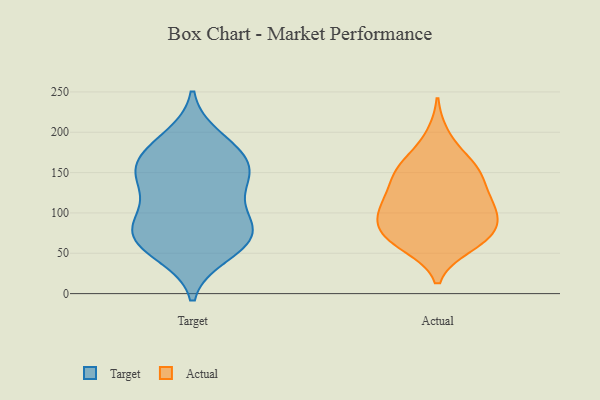
{"axis": {"x": "Operating Costs (USD K)", "y": "Value"}, "legend": ["Actual", "Target"], "data": [{"x": "", "y": 156, "type": "Target"}, {"x": "", "y": 140, "type": "Target"}, {"x": "", "y": 96, "type": "Target"}, {"x": "", "y": 151, "type": "Target"}, {"x": "", "y": 76, "type": "Target"}, {"x": "", "y": 115, "type": "Target"}, {"x": "", "y": 178, "type": "Target"}, {"x": "", "y": 155, "type": "Target"}, {"x": "", "y": 193, "type": "Target"}, {"x": "", "y": 59, "type": "Target"}, {"x": "", "y": 180, "type": "Target"}, {"x": "", "y": 143, "type": "Target"}, {"x": "", "y": 83, "type": "Target"}, {"x": "", "y": 85, "type": "Target"}, {"x": "", "y": 69, "type": "Target"}, {"x": "", "y": 49, "type": "Target"}, {"x": "", "y": 61, "type": "Target"}, {"x": "", "y": 73, "type": "Actual"}, {"x": "", "y": 145, "type": "Actual"}, {"x": "", "y": 118, "type": "Actual"}, {"x": "", "y": 160, "type": "Actual"}, {"x": "", "y": 115, "type": "Actual"}, {"x": "", "y": 103, "type": "Actual"}, {"x": "", "y": 78, "type": "Actual"}, {"x": "", "y": 95, "type": "Actual"}, {"x": "", "y": 75, "type": "Actual"}, {"x": "", "y": 60, "type": "Actual"}, {"x": "", "y": 102, "type": "Actual"}, {"x": "", "y": 161, "type": "Actual"}, {"x": "", "y": 61, "type": "Actual"}, {"x": "", "y": 73, "type": "Actual"}, {"x": "", "y": 152, "type": "Actual"}, {"x": "", "y": 144, "type": "Actual"}, {"x": "", "y": 112, "type": "Actual"}, {"x": "", "y": 195, "type": "Actual"}]}